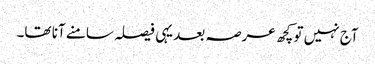
آج نہیں تو کچھ عرصہ بعد یہی فیصلہ سامنے آنا تھا۔